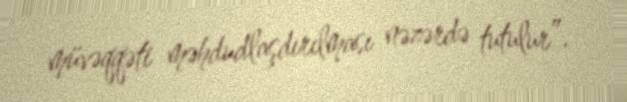
müvəqqəti məhdudlaşdırılması nəzərdə tutulur”.